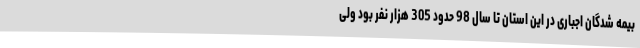
بیمه شدگان اجباری در این استان تا سال 98 حدود 305 هزار نفر بود ولی